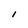
Character: l